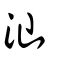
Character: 汕